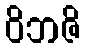
ဝိဘဇိ